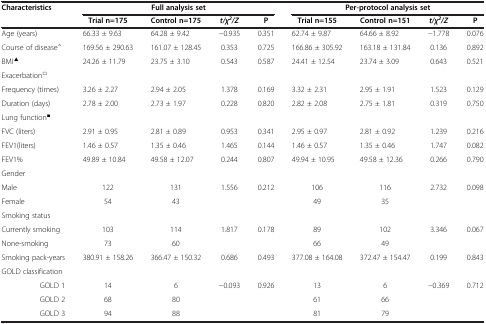
<table><thead><tr><td><b>Characteristics</b></td><td colspan="4"><b>Full analysis set</b></td><td colspan="4"><b>Per-protocol analysis set</b></td></tr><tr><td><b> </b></td><td><b>Trial n=175</b></td><td><b>Control n=175</b></td><td><b><i>t/χ</i><sup><i>2</i></sup><i>/Z</i></b></td><td><b>P</b></td><td><b>Trial n=155</b></td><td><b>Control n=151</b></td><td><b><i>t/χ</i><sup><i>2</i></sup><i>/Z</i></b></td><td><b>P</b></td></tr></thead><tbody><tr><td>Age (years)</td><td>66.33 ± 9.63</td><td>64.28 ± 9.42</td><td>−0.935</td><td>0.351</td><td>62.74 ± 9.87</td><td>64.66 ± 8.92</td><td>−1.778</td><td>0.076</td></tr><tr><td>Course of disease<sup>△</sup></td><td>169.56 ± 290.63</td><td>161.07 ± 128.45</td><td>0.353</td><td>0.725</td><td>166.86 ± 305.92</td><td>163.18 ± 131.84</td><td>0.136</td><td>0.892</td></tr><tr><td>BMI<sup>▲</sup></td><td>24.26 ± 11.79</td><td>23.75 ± 3.10</td><td>0.543</td><td>0.587</td><td>24.41 ± 12.54</td><td>23.74 ± 3.09</td><td>0.643</td><td>0.521</td></tr><tr><td>Exacerbation<sup>□</sup></td><td> </td><td> </td><td> </td><td> </td><td> </td><td> </td><td> </td><td> </td></tr><tr><td>Frequency (times)</td><td>3.26 ± 2.27</td><td>2.94 ± 2.05</td><td>1.378</td><td>0.169</td><td>3.32 ± 2.31</td><td>2.95 ± 1.91</td><td>1.523</td><td>0.129</td></tr><tr><td>Duration (days)</td><td>2.78 ± 2.00</td><td>2.73 ± 1.97</td><td>0.228</td><td>0.820</td><td>2.82 ± 2.08</td><td>2.75 ± 1.81</td><td>0.319</td><td>0.750</td></tr><tr><td colspan="2">Lung function<sup>■</sup></td><td> </td><td> </td><td> </td><td> </td><td> </td><td> </td><td> </td></tr><tr><td>FVC (liters)</td><td>2.91 ± 0.95</td><td>2.81 ± 0.89</td><td>0.953</td><td>0.341</td><td>2.95 ± 0.97</td><td>2.81 ± 0.92</td><td>1.239</td><td>0.216</td></tr><tr><td>FEV1(liters)</td><td>1.46 ± 0.57</td><td>1.35 ± 0.46</td><td>1.465</td><td>0.144</td><td>1.46 ± 0.57</td><td>1.35 ± 0.46</td><td>1.747</td><td>0.082</td></tr><tr><td>FEV1%</td><td>49.89 ± 10.84</td><td>49.58 ± 12.07</td><td>0.244</td><td>0.807</td><td>49.94 ± 10.95</td><td>49.58 ± 12.36</td><td>0.266</td><td>0.790</td></tr><tr><td>Gender</td><td> </td><td> </td><td> </td><td> </td><td> </td><td> </td><td> </td><td> </td></tr><tr><td>Male</td><td>122</td><td>131</td><td rowspan="2">1.556</td><td rowspan="2">0.212</td><td>106</td><td>116</td><td rowspan="2">2.732</td><td rowspan="2">0.098</td></tr><tr><td>Female</td><td>54</td><td>43</td><td>49</td><td>35</td></tr><tr><td>Smoking status</td><td> </td><td> </td><td> </td><td> </td><td> </td><td> </td><td> </td><td> </td></tr><tr><td>Currently smoking</td><td>103</td><td>114</td><td rowspan="2">1.817</td><td rowspan="2">0.178</td><td>89</td><td>102</td><td rowspan="2">3.346</td><td rowspan="2">0.067</td></tr><tr><td>None-smoking</td><td>73</td><td>60</td><td>66</td><td>49</td></tr><tr><td>Smoking pack-years</td><td>380.91 ± 158.26</td><td>366.47 ± 150.32</td><td>0.686</td><td>0.493</td><td>377.08 ± 164.08</td><td>372.47 ± 154.47</td><td>0.199</td><td>0.843</td></tr><tr><td colspan="3">GOLD classification</td><td> </td><td> </td><td> </td><td> </td><td> </td><td> </td></tr><tr><td>GOLD 1</td><td>14</td><td>6</td><td rowspan="2">−0.093</td><td rowspan="2">0.926</td><td>13</td><td>6</td><td rowspan="2">−0.369</td><td rowspan="2">0.712</td></tr><tr><td>GOLD 2</td><td>68</td><td>80</td><td>61</td><td>66</td></tr><tr><td>GOLD 3</td><td>94</td><td>88</td><td> </td><td> </td><td>81</td><td>79</td><td> </td><td> </td></tr></tbody></table>